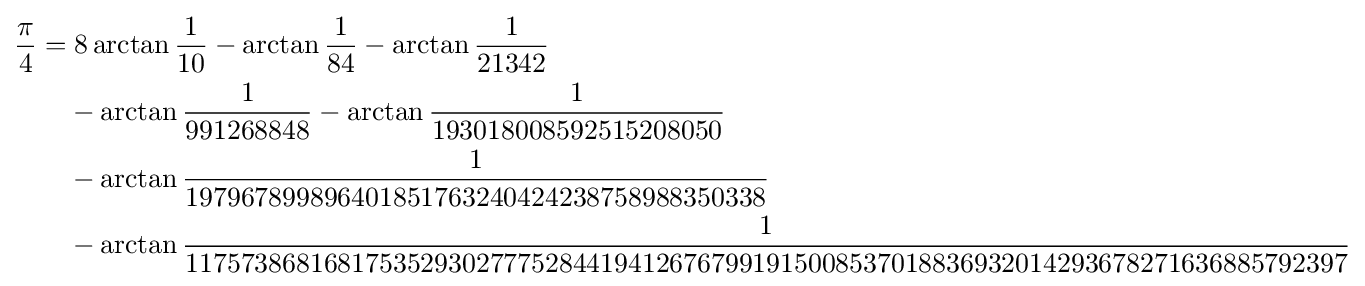
{\begin{aligned}{\frac {\pi }{4}}=&\;8\arctan {\frac {1}{10}}-\arctan {\frac {1}{84}}-\arctan {\frac {1}{21342}}\\&-\arctan {\frac {1}{991268848}}-\arctan {\frac {1}{193018008592515208050}}\\&-\arctan {\frac {1}{197967899896401851763240424238758988350338}}\\&-\arctan {\frac {1}{117573868168175352930277752844194126767991915008537018836932014293678271636885792397}}\end{aligned}}